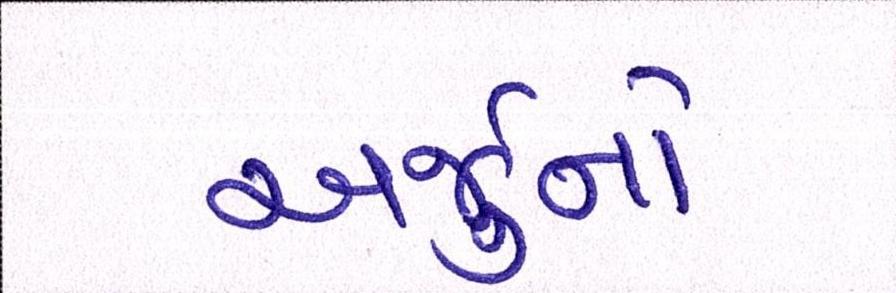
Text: અર્જુનો